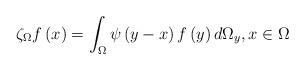
LaTeX: \begin{align*}\zeta _{\Omega }f\left( x\right) =\int_{\Omega }\psi \left( y-x\right)f\left( y\right) d\Omega _{y},x\in \Omega \end{align*}